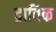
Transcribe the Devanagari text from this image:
द्राविक